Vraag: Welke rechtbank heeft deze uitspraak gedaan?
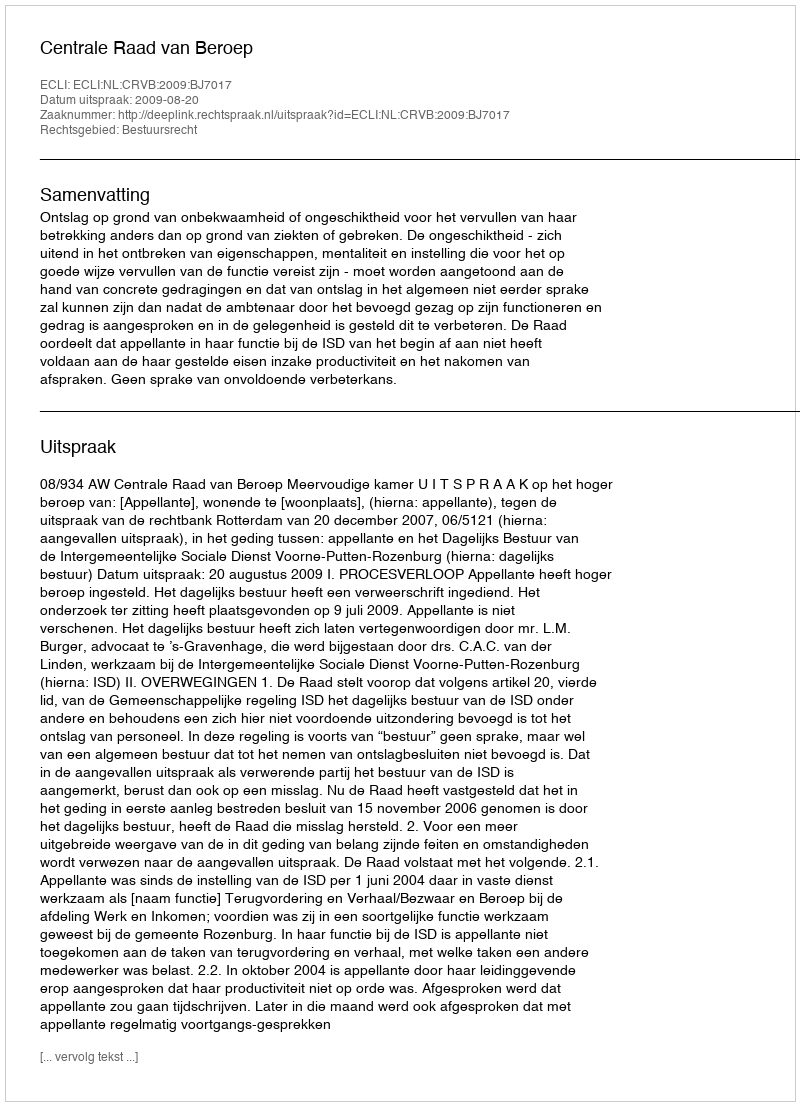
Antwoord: Centrale Raad van Beroep